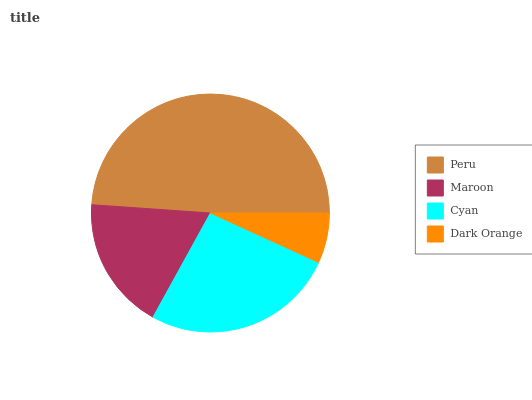
| Peru | Maroon | Cyan | Dark Orange |
 | --- | --- | --- | --- |
 | 48.8% | 18.1% | 26.2% | 6.81% |